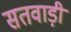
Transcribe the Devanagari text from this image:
सतवाड़ी